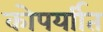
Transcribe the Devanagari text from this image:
कोपर्याीत